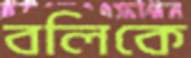
বলিকে